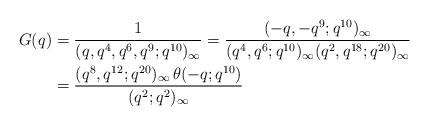
LaTeX: \begin{align*}G(q)&=\frac 1{(q,q^4,q^6,q^9;q^{10})_\infty}=\frac{(-q,-q^9;q^{10})_\infty}{(q^4,q^6;q^{10})_\infty(q^2,q^{18};q^{20})_\infty}\\&=\frac{(q^8,q^{12};q^{20})_\infty\,\theta(-q;q^{10})}{(q^2;q^{2})_\infty} \end{align*}